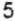
5